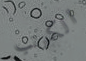
الكرنب